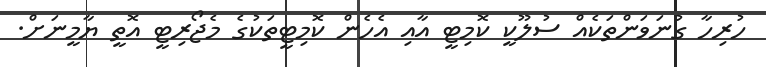
ހުރިހާ ގުނަވަންތަކެއް ސުލޫކީ ކޮމިޓީ އާއި އެހެން ކޮމިޓީތަކުގެ މެޖޯރިޓީ އޮތީ ޔާމީނަށް.